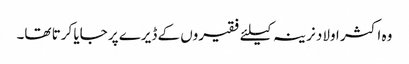
وہ اکثر اولاد نرینہ کیلئے فقیروں کے ڈیرے پر جایا کرتا تھا۔